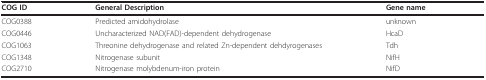
| COG ID | General Description | Gene name |
 | --- | --- | --- |
 | COG0388 | Predicted amidohydrolase | unknown |
 | COG0446 | Uncharacterized NAD(FAD)-dependent dehydrogenase | HcaD |
 | COG1063 | Threonine dehydrogenase and related Zn-dependent dehdyrogenases | Tdh |
 | COG1348 | Nitrogenase subunit | NifH |
 | COG2710 | Nitrogenase molybdenum-iron protein | NifD |